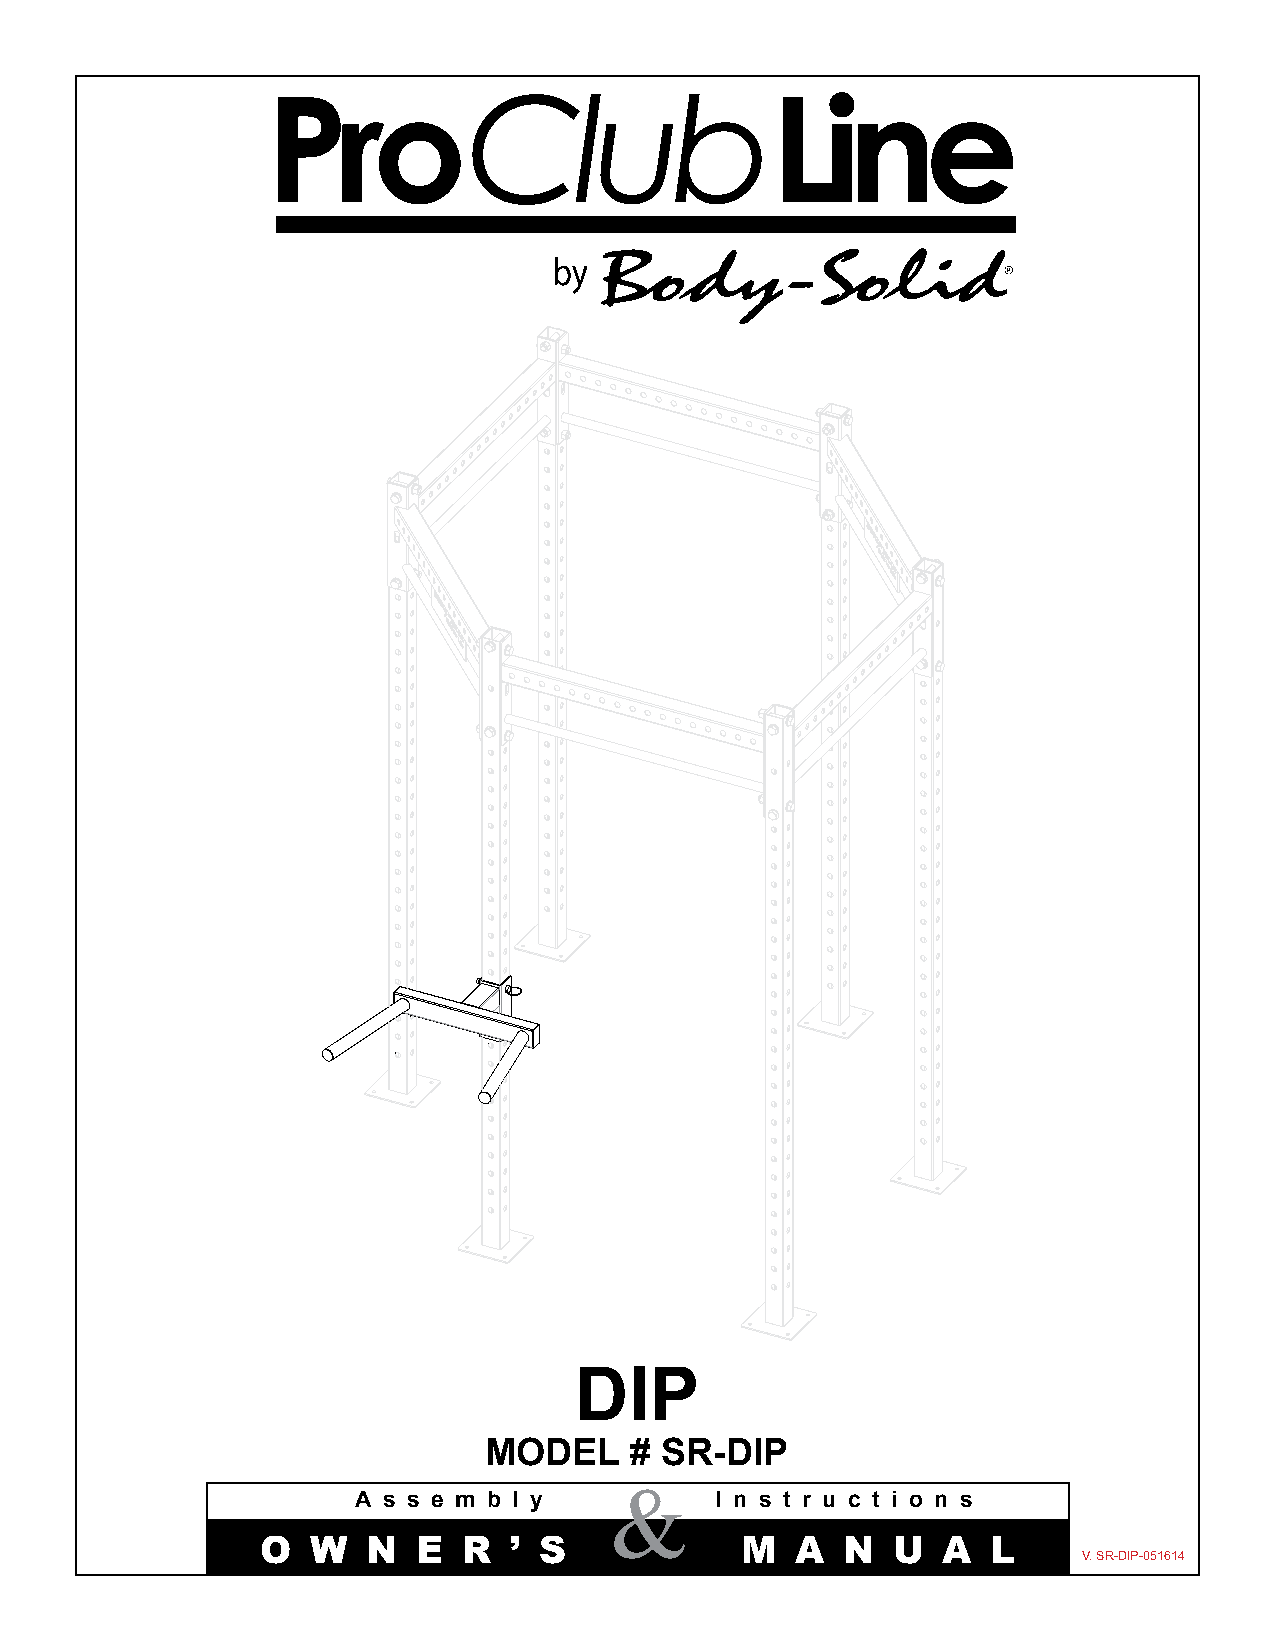
ProClubLine
 ProClubLine
 DIP
 MODEL     # SR-DIP
 A s s e m b l y &      I n s t r u c t i o n s
 O   W  N   E  R  ’ S            M   A  N  U  A   L
 V. SR-DIP-051614